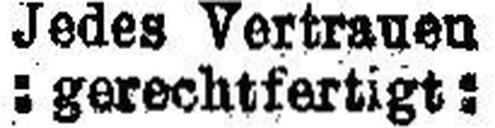
: gerechtfertigt :